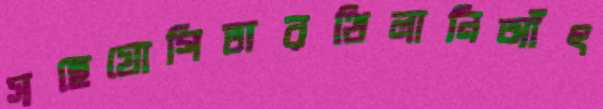
সহেযোগিতারথিলানিআঁৎ